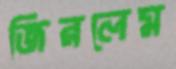
জিরলেম